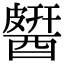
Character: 𨡶